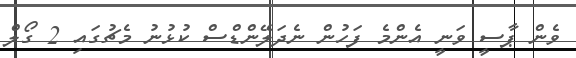
ވެން ޕާސީ ވަނީ އެންމެ ފަހުން ނެދަލޭންޑްސް ކުޅުނު މެޗުގައި 2 ގޯލް